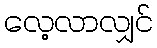
လေ့လာလျှင်